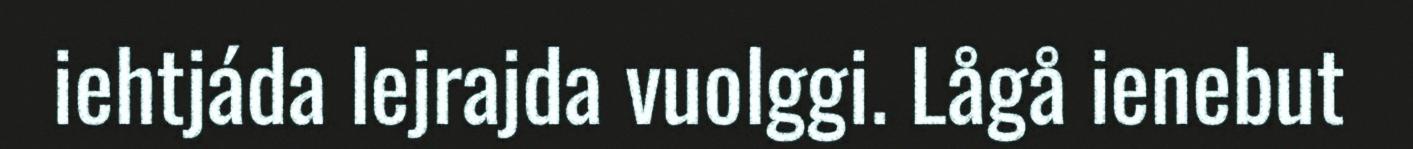
iehtjáda lejrajda vuolggi. Lågå ienebut